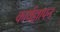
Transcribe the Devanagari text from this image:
कार्यज्ञापन